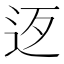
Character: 𨑰